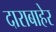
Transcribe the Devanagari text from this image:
दाराबाहेर